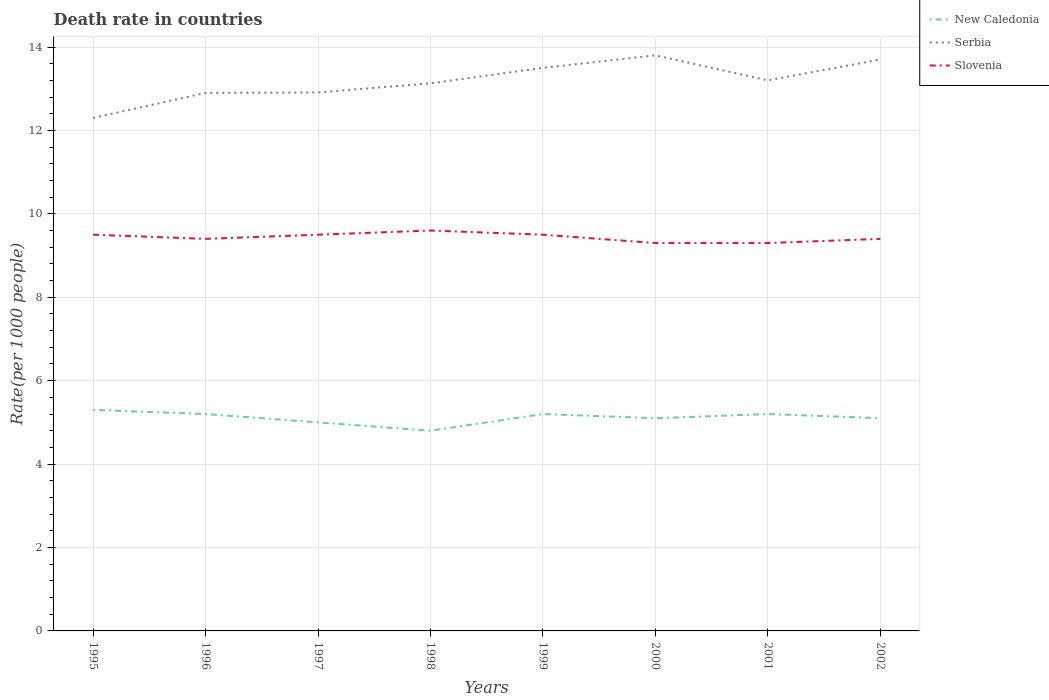
| Years | New Caledonia | Serbia | Slovenia |
 | --- | --- | --- | --- |
 | 1995 | 5.3 | 12.3 | 9.5 |
 | 1996 | 5.2 | 12.9 | 9.4 |
 | 1997 | 5 | 12.9 | 9.5 |
 | 1998 | 4.8 | 13.1 | 9.6 |
 | 1999 | 5.2 | 13.5 | 9.5 |
 | 2000 | 5.1 | 13.8 | 9.3 |
 | 2001 | 5.2 | 13.2 | 9.3 |
 | 2002 | 5.1 | 13.7 | 9.4 |